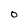
Character: 0